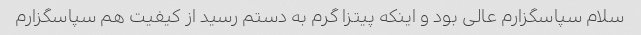
سلام سپاسگزارم عالی بود و اینکه پیتزا گرم به دستم رسید از کیفیت هم سپاسگزارم